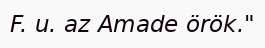
F. u. az Amade örök."